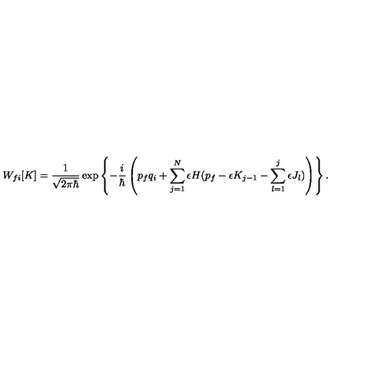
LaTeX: W _ { f i } [ K ] = \frac { 1 } { \sqrt { 2 \pi \hbar } } \exp \left\{ - \frac { i } { \hbar } \left( p _ { f } q _ { i } + \sum _ { j = 1 } ^ { N } \epsilon H ( p _ { f } - \epsilon K _ { j - 1 } - \sum _ { l = 1 } ^ { j } \epsilon J _ { l } ) \right) \right\} .